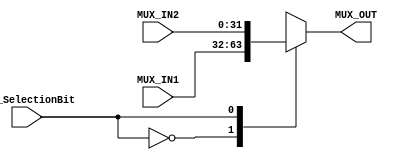
// TYPE: module
// DEPARTMENT: communication and electronics department
// AUTHOR EMAIL: mina.hannaone@gmail.com
//------------------------------------------------
// Release history
// VERSION DATE AUTHOR DESCRIPTION
// 1.0 10/7/2022 Mina Hanna final version
//------------------------------------------------
// KEYWORDS: mux, 2x1 mux
//------------------------------------------------
// PURPOSE: a 2x1 multiplexer\
///////////////defining input and output ports//////////
module MUX #(parameter WIDTH = 32) (
  input    wire    [WIDTH-1:0]    MUX_IN1,
  input    wire    [WIDTH-1:0]    MUX_IN2,
  input    wire                   MUX_SelectionBit,
  output   reg     [WIDTH-1:0]    MUX_OUT);
  
  ///////////////combinational logic//////////////
  always@(*)
  begin
    case(MUX_SelectionBit)
      1'b0    : begin
                 MUX_OUT = MUX_IN1;
                end
      1'b1    : begin
                 MUX_OUT = MUX_IN2;
                end
      default : begin
                 MUX_OUT = MUX_IN1;
                end
    endcase
  end
endmodule